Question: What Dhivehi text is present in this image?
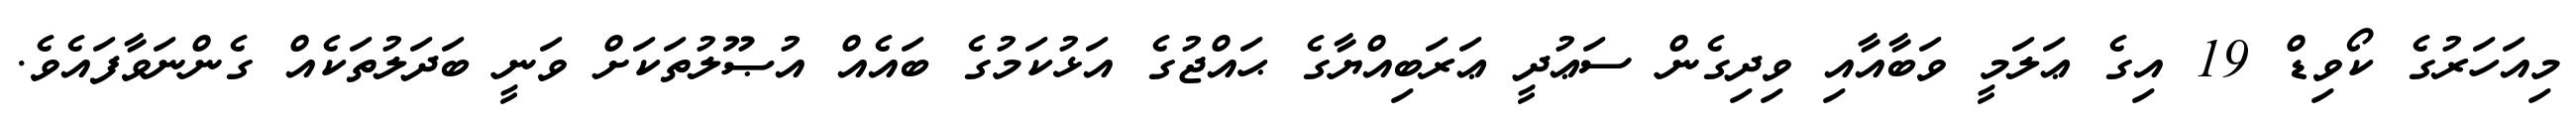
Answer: މިއަހަރުގެ ކޯވިޑް 19 އިގެ ޢަލަމީ ވަބާއާއި ވިދިގެން ސަޢުދީ ޢަރަބިއްޔާގެ ޙައްޖުގެ އަޅުކަމުގެ ބައެއް އުޞޫލުތަކަށް ވަނީ ބަދަލުތަކެއް ގެންނަވާފައެވެ.